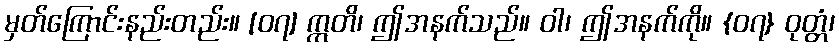
မှတ်ကြောင်းနည်းတည်း။ [၀၇] ဣတိ၊ ဤအနက်သည်။ ဝါ၊ ဤအနက်ကို။ {၀၇} ဝုတ္တံ၊